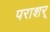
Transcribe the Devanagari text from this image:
पराशर्